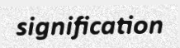
signification